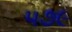
૫૭૯